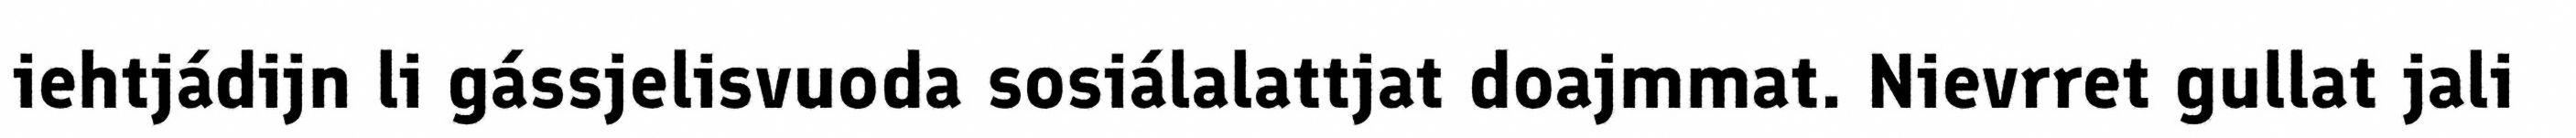
iehtjádijn li gássjelisvuoda sosiálalattjat doajmmat. Nievrret gullat jali